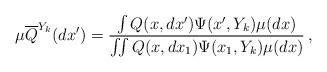
LaTeX: \begin{align*}\mu \overline Q^{Y_{k}} (dx') =\frac{\int Q(x,dx') \Psi(x',Y_{k}) \mu(dx)}{\iint Q(x,dx_1) \Psi(x_1,Y_{k}) \mu(dx)}\, ,\end{align*}